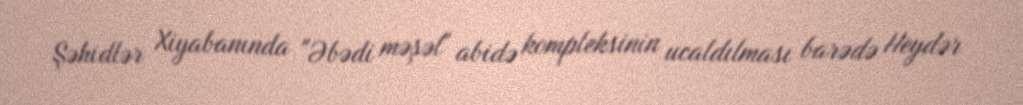
Şəhidlər Xiyabanında "Əbədi məşəl" abidə kompleksinin ucaldılması barədə Heydər